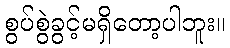
စွပ်စွဲခွင့်မရှိတော့ပါဘူး။